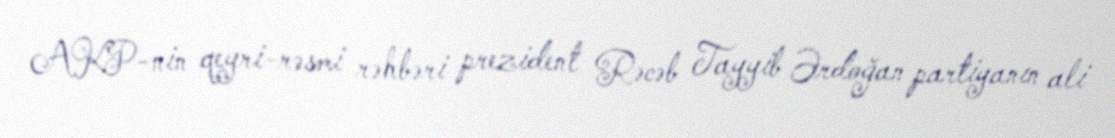
AKP-nin qeyri-rəsmi rəhbəri prezident Rəcəb Tayyib Ərdoğan partiyanın ali